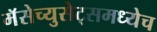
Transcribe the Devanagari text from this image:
मॅसेच्युसेट्समध्येच